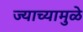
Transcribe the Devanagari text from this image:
ज्याच्यामुळे